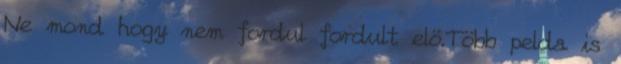
Ne mond hogy nem fordul fordult elö.Több pelda is